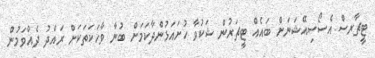
ޓީޗާރސް އެސޯސިއޭޝަނަށް ބައެއް ޓީޗަރުން ޝަކުވާ ހުށައަޅުންދާކަމަށް ބުނާ ވާހަކަތަކަށް ރައްދު ދެއްވަމުން